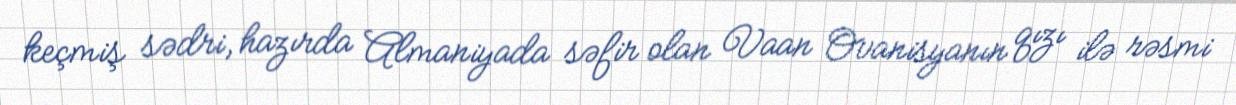
keçmiş sədri, hazırda Almaniyada səfir olan Vaan Ovanisyanın qızı ilə rəsmi